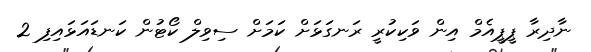
ނާދިރާ ޕީޕީއެމް އިން ވަކިކުރީ ރަނގަޅަށް ކަމަށް ސިވިލް ކޯޓުން ކަނޑައަޅައިފި 2